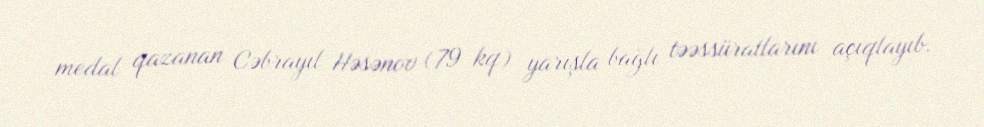
medal qazanan Cəbrayıl Həsənov (79 kq) yarışla bağlı təəssüratlarını açıqlayıb.